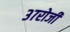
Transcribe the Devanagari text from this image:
३७रोजी